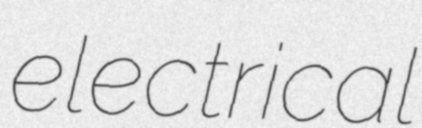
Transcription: electrical